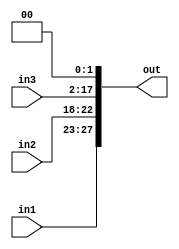
module ExtendShiftLeft2(
    input wire [4:0] in1,
    input wire [4:0] in2,
    input wire [15:0] in3,
    output wire [27:0] out
);
    wire [27:0] aux; 
    assign aux[27:0] = {{2'b00},in1,in2 ,in3};
    assign out = aux << 2; 

endmodule